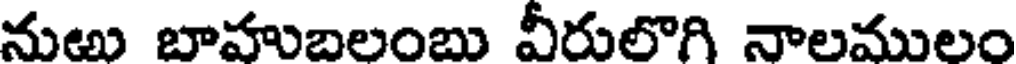
నుఱు బాహుబలంబు వీరులొగి నాలములం